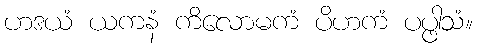
ဟဒယံ ယကနံ ကိလောမကံ ပိဟကံ ပပ္ဖါသံ။